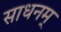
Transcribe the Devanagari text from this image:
साधनम्